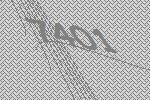
7401